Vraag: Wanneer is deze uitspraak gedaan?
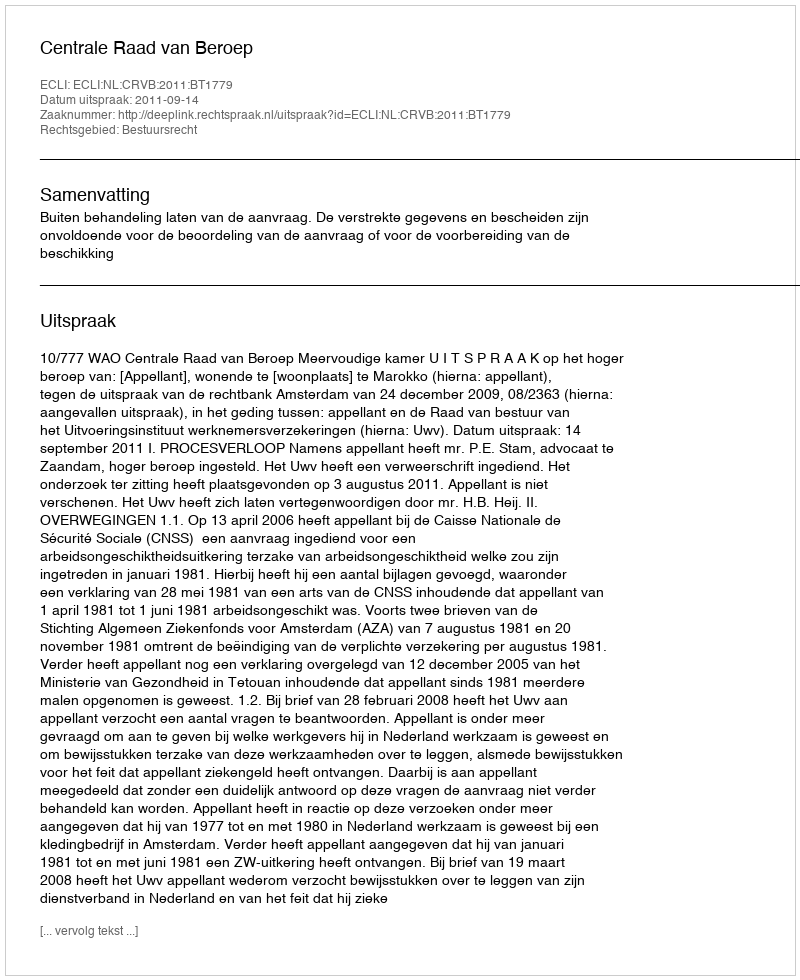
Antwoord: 2011-09-14